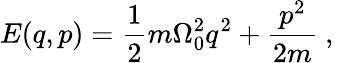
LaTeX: E(q,p)=\frac{1}{2}m\Omega_{0}^{2}q^{2}+\frac{p^{2}}{2m}\mathrm{~,~}